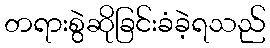
တရားစွဲဆိုခြင်းခံခဲ့ရသည်